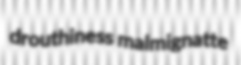
drouthiness malmignatte